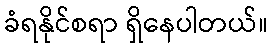
ခံရနိုင်စရာ ရှိနေပါတယ်။